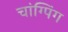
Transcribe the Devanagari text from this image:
चांग्पिंग